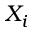
X _ { i }